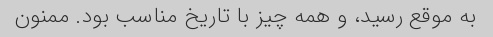
به موقع رسید، و همه چیز با تاریخ مناسب بود. ممنون